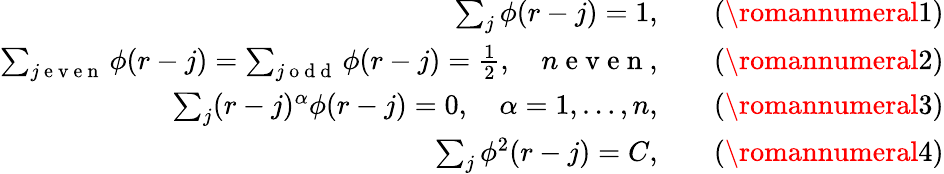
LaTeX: \begin{array}{rl}{\sum_{j}\phi(r-j)=1,}&{{}\quad(\romannumeral 1)}\\ {\sum_{j\mathrm{~e~v~e~n~}}\phi(r-j)=\sum_{j\mathrm{~o~d~d~}}\phi(r-j)=\frac{1}{2},\quad n\mathrm{~e~v~e~n~},}&{{}\quad(\romannumeral 2)}\\ {\sum_{j}(r-j)^{\alpha}\phi(r-j)=0,\quad\alpha=1,\ldots,n,}&{{}\quad(\romannumeral 3)}\\ {\sum_{j}\phi^{2}(r-j)=C,}&{{}\quad(\romannumeral 4)}\end{array}